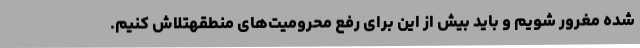
شده مغرور شویم و باید بیش از این برای رفع محرومیت‌های منطقهتلاش کنیم.